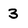
Character: 3